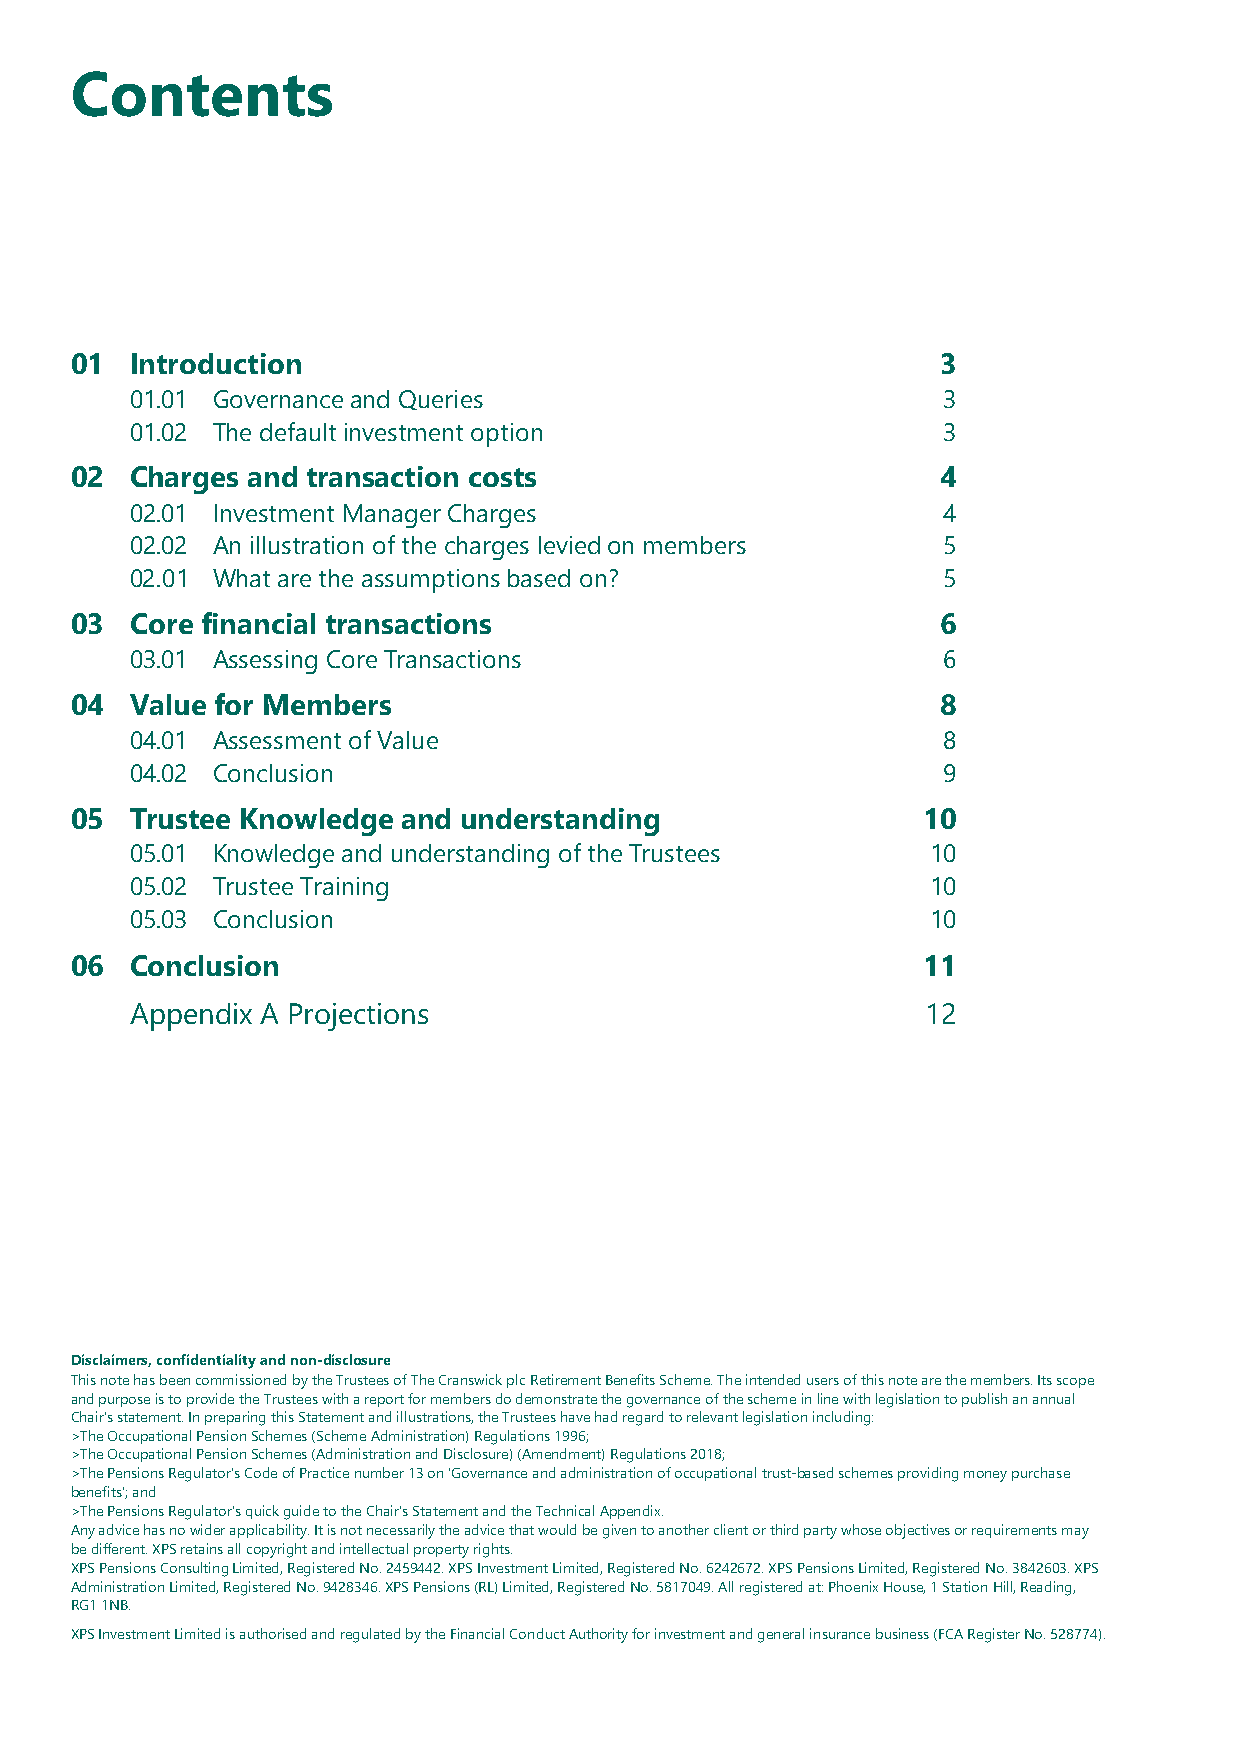
Contents
 01  Introduction                                         3
 01.01 Governance and Queries                         3
 01.02 The default investment option                  3
 02  Charges and transaction costs                        4
 02.01 Investment Manager Charges                     4
 02.02 An illustration of the charges levied on members 5
 02.01 What are the assumptions based on?             5
 03  Core financial transactions                          6
 03.01 Assessing Core Transactions                    6
 04  Value for Members                                    8
 04.01 Assessment of Value                            8
 04.02 Conclusion                                     9
 05  Trustee Knowledge and understanding                 10
 05.01 Knowledge and understanding of the Trustees    10
 05.02 Trustee Training                               10
 05.03 Conclusion                                     10
 06  Conclusion                                          11
 Appendix A Projections                              12
 Disclaimers, confidentiality and non-disclosure
 This note has been commissioned by the Trustees of The Cranswick plc Retirement Benefits Scheme. The intended users of this note are the members. Its scope
 and purpose is to provide the Trustees with a report for members do demonstrate the governance of the scheme in line with legislation to publish an annual
 Chair’s statement. In preparing this Statement and illustrations, the Trustees have had regard to relevant legislation including:
 >The Occupational Pension Schemes (Scheme Administration) Regulations 1996;
 >The Occupational Pension Schemes (Administration and Disclosure) (Amendment) Regulations 2018;
 >The Pensions Regulator’s Code of Practice number 13 on ‘Governance and administration of occupational trust-based schemes providing money purchase
 benefits’; and
 >The Pensions Regulator’s quick guide to the Chair's Statement and the Technical Appendix.
 Any advice has no wider applicability. It is not necessarily the advice that would be given to another client or third party whose objectives or requirements may
 be different. XPS retains all copyright and intellectual property rights.
 XPS Pensions Consulting Limited, Registered No. 2459442. XPS Investment Limited, Registered No. 6242672. XPS Pensions Limited, Registered No. 3842603. XPS
 Administration Limited, Registered No. 9428346. XPS Pensions (RL) Limited, Registered No. 5817049. All registered at: Phoenix House, 1 Station Hill, Reading,
 RG1 1NB.
 XPS Investment Limited is authorised and regulated by the Financial Conduct Authority for investment and general insurance business (FCA Register No. 528774).